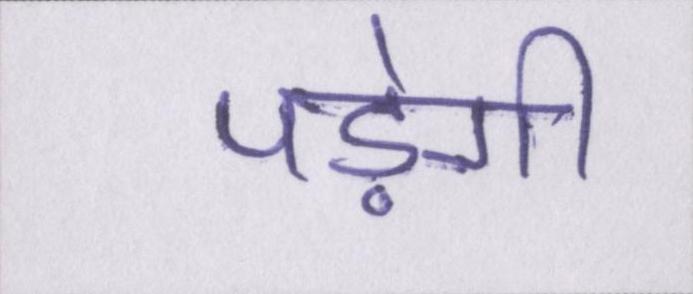
पड़ेगी